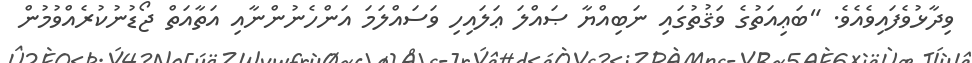
ވިދާޅުވެފައިވެއެވެ. "ބަޢިއަތުގެ ވަޤުތުގައި ނަބިއްޔާ ޞައްލަ ޢަލައިހި ވަސައްލަމަ އަންހެނުންނާއި އަތާއަތް ޖޯޑުނުކުރެއްވުމުން